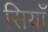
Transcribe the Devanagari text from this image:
सियाँ